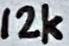
Text: 12k